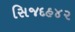
સિજદહ૪૨